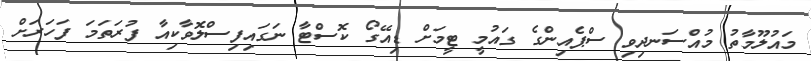
މައުލޫމާތު މުއްސަނދިވި ސްޕެއިންގެ ގައުމީ ޓީމަށް ޑިއޭގޯ ކޮސްޓާ ނަގައިފިސްލޮވާކިއާ ފުރަތަމަ ފަހަރަށް